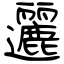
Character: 邐